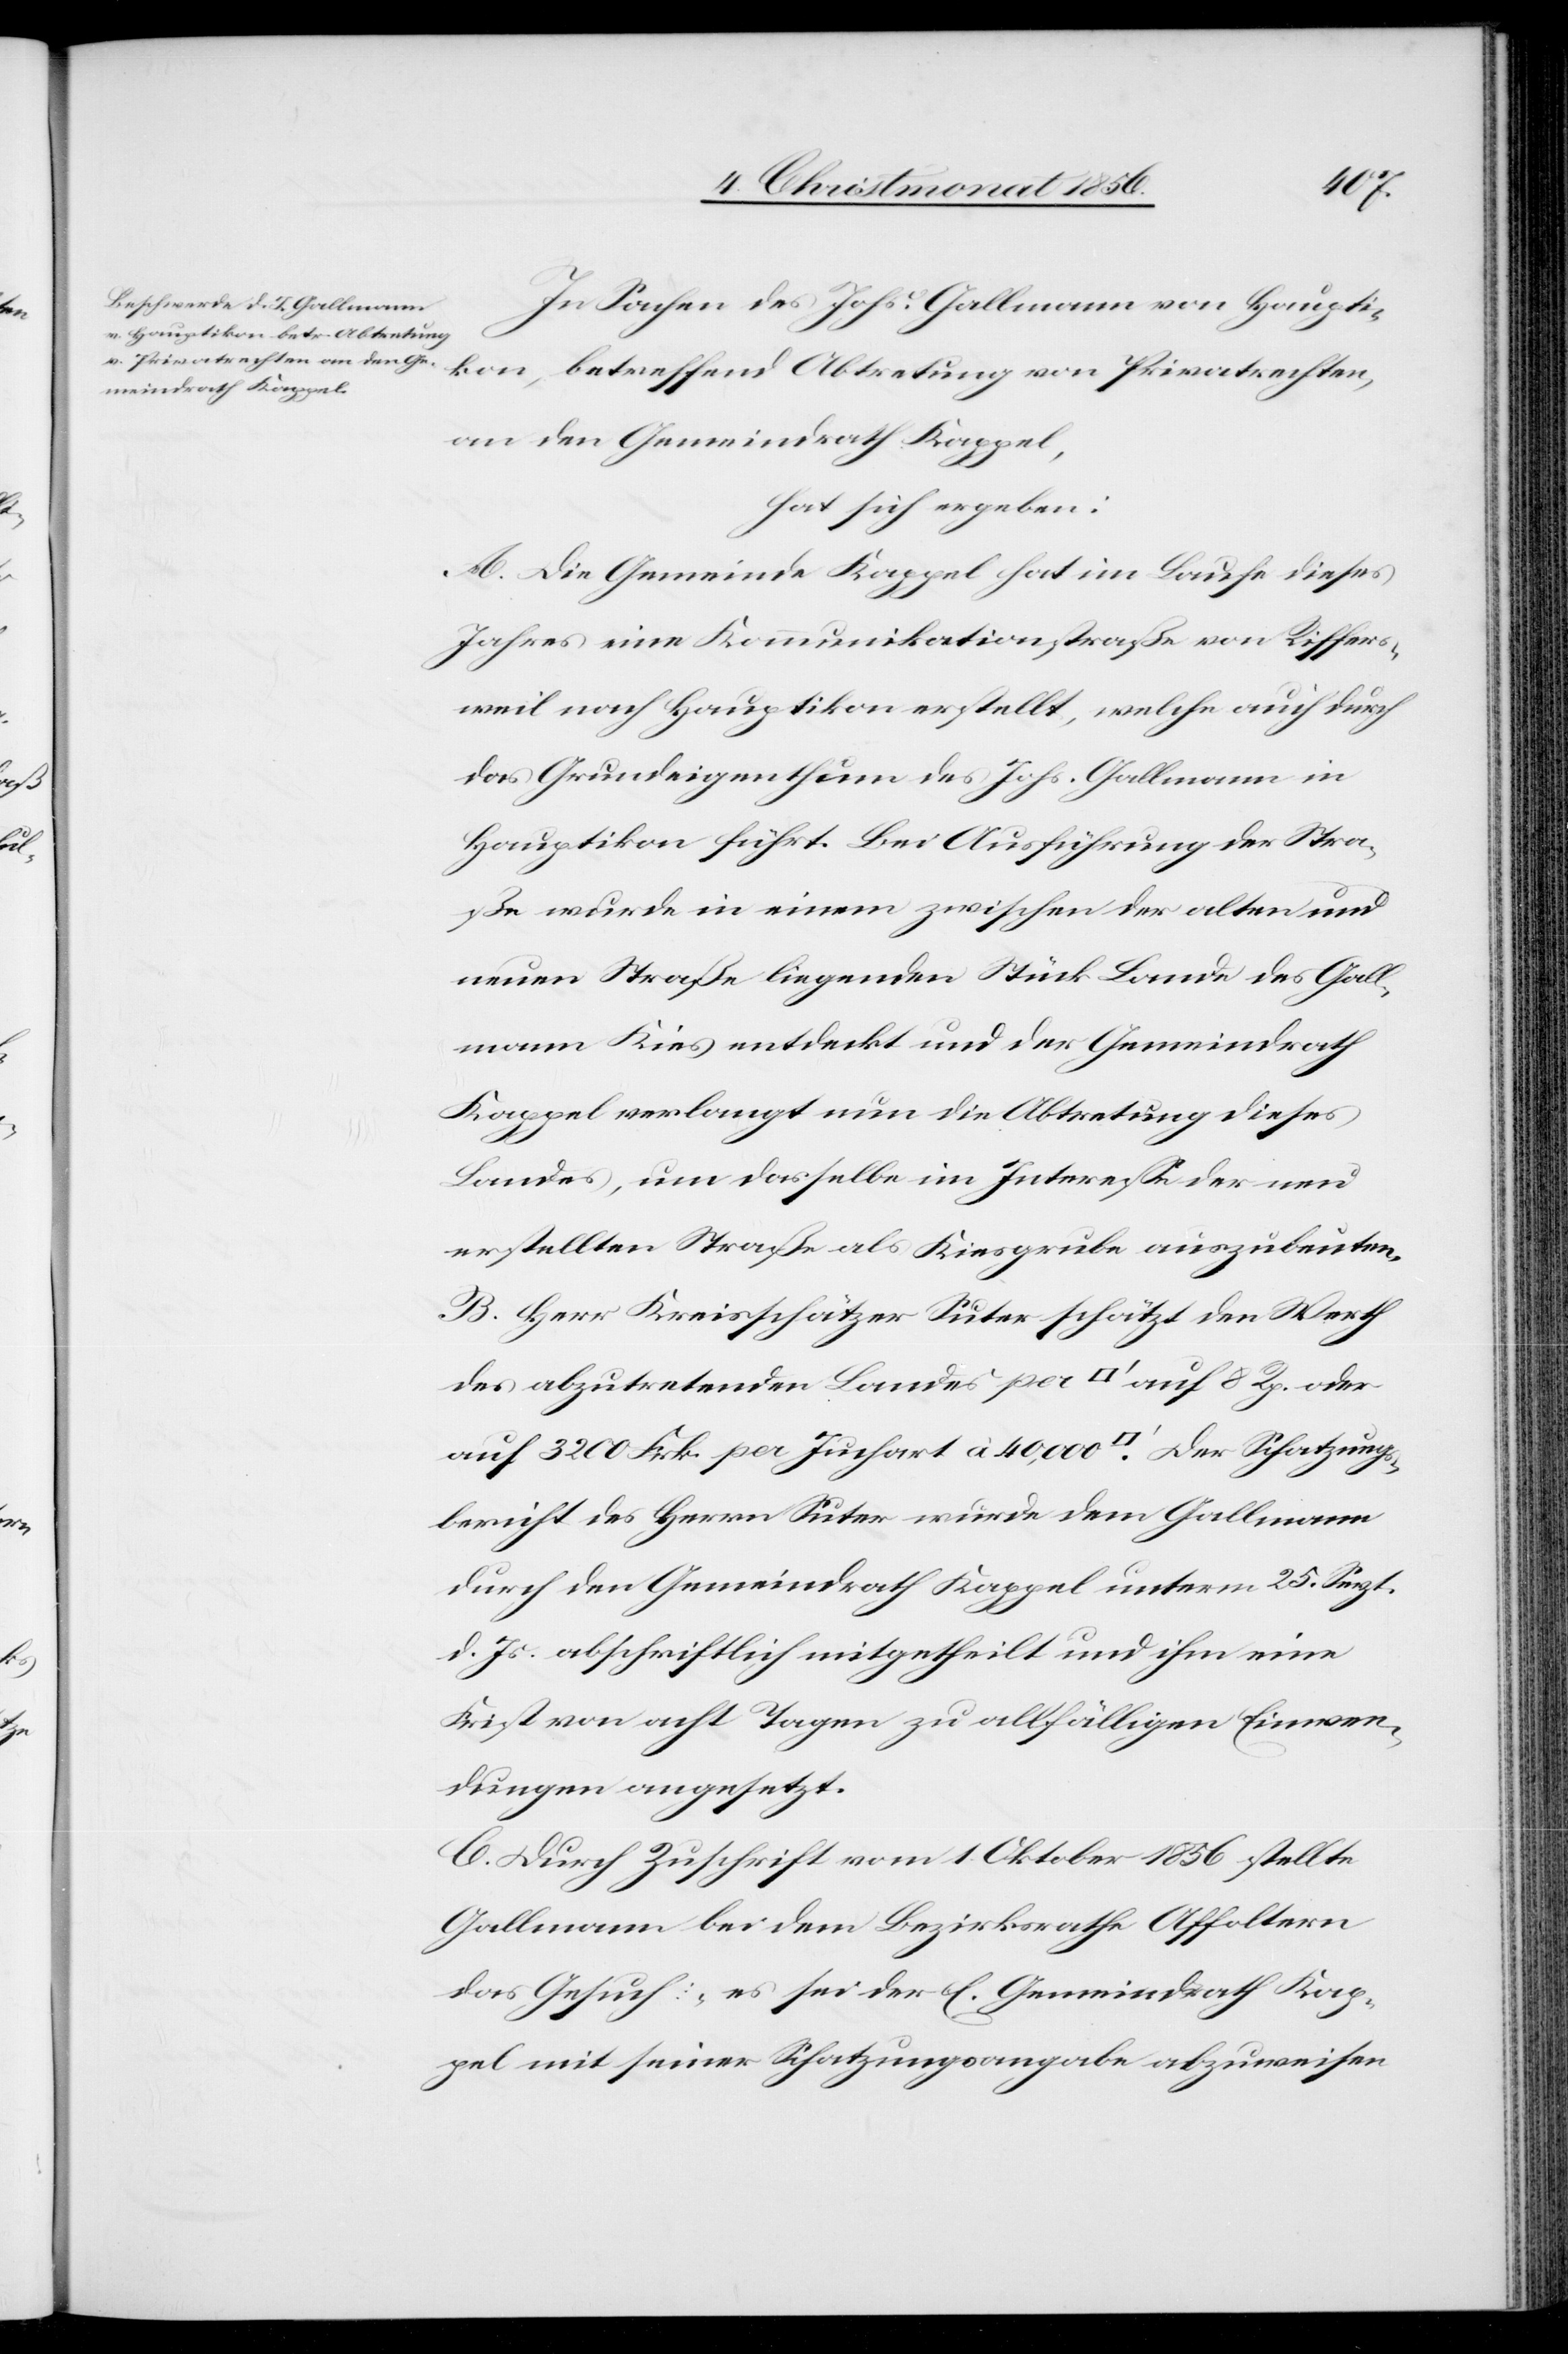
In Sachen des Johs. Gallmann von Haupti¬
kon, betreffend Abtretung von Privatrechten,
an den Gemeindrath Kappel,
hat sich ergeben:
A. Die Gemeinde Kappel hat im Laufe dieses
Jahres eine Kommunikationstraße von Riffers¬
weil nach Hauptikon erstellt, welche auch durch
das Grundeigenthum des Johs. Gallmann in
Hauptikon führt. Bei Ausführung der Stra¬
ße wurde in einem zwischen der alten und
neuen Straße liegenden Stück Lande des Gall¬
mann Kies entdeckt und der Gemeindrath
Kappel verlangt nun die Abtretung dieses
Landes, um dasselbe im Interesse der neu
erstellten Straße als Kiesgrube auszubeuten.
B. Herr Kreisschätzer Suter schätzt den Werth
des abzutretenden Landes per [Quadratfuss] auf 8 Rp. oder
auf 3200 Frk. per Juchart à 40,000 [Quadratfuss]. Der Schatzungs¬
bericht des Herrn Suter wurde dem Gallmann
durch den Gemeindrath Kappel unterm 25. Sept.
d. Js. abschriftlich mitgetheilt und ihm eine
Frist von acht Tagen zu allfälligen Einwen¬
dungen angesetzt.
C. Durch Zuschrift vom 1. Oktober 1856 stellte
Gallmann bei dem Bezirksrathe Affoltern
das Gesuch: „es sei der E. Gemeindrath Kap¬
pel mit seiner Schatzungsangabe abzuweisen